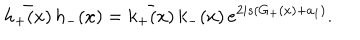
\bar { h _ { + } ( x ) } \, h _ { - } ( x ) = \bar { k _ { + } ( x ) } \, k _ { - } ( x ) \, e ^ { 2 i s ( G _ { + } ( x ) + a _ { 1 } ) } .